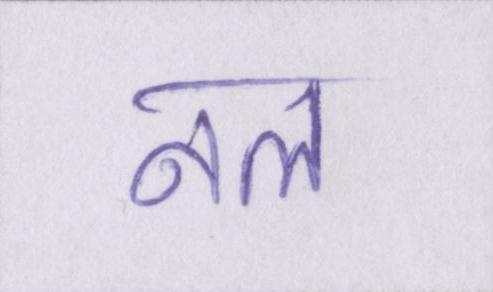
नल